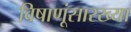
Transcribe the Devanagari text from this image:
विषाणूंसारख्या